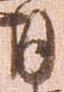
月